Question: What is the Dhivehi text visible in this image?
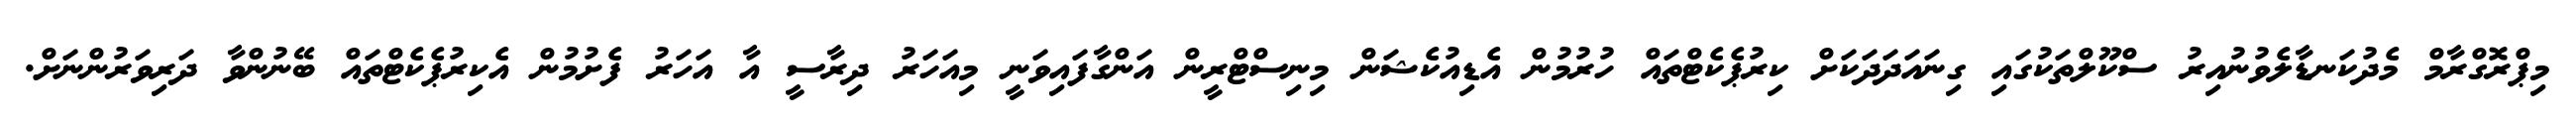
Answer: މިޕްރޮގްރާމް މެދުކަނޑާލެވުނުއިރު ސްކޫލްތަކުގައި ގިނައަދަދަކަށް ކިރުޕެކެޓްތައް ހުރުމުން އެޑިއުކެޝަން މިނިސްޓްރީން އަންގާފައިވަނީ މިއަހަރު ދިރާސީ އާ އަހަރު ފެށުމުން އެކިރުޕެކެޓްތައް ބޭނުންވާ ދަރިވަރުންނަށް.